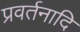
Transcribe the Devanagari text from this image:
प्रवर्तनादि